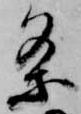
条